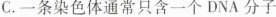
C.一条染色体通常只含一个